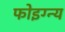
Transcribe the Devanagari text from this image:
फोइग्न्य